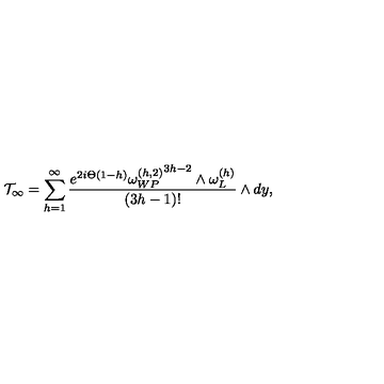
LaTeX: { \cal T } _ { \infty } = \sum _ { h = 1 } ^ { \infty } { \frac { e ^ { 2 i \Theta ( 1 - h ) } { \omega _ { W P } ^ { ( h , 2 ) } } ^ { 3 h - 2 } \wedge \omega _ { L } ^ { ( h ) } } { ( 3 h - 1 ) ! } } \wedge d y ,